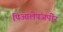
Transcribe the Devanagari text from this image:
पिआलेपंजपीर